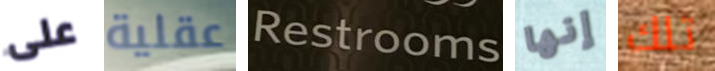
على عقلية Restrooms إنها تلك